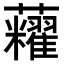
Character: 𧅛